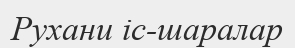
Рухани іс-шаралар